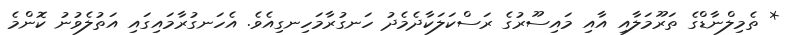
* ތެމިލްނާޑްގެ ތަރޫމަލާއި އާއި މައިސޫރުގެ ރަސްކަލަކާދެމެދު ހަނގުރާމަހިނގިއެވެ. އެހަނގުރާމައިގައި އަތުލެވުނު ކޮންމެ